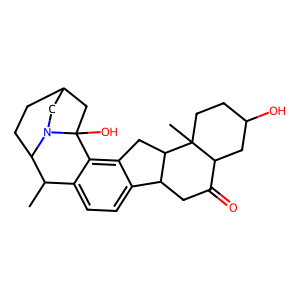
SMILES: CC1c2ccc3c(c2C2(O)CC4CCC1N2C4)CC1C3CC(=O)C2CC(O)CCC21C
Inhibits HIV replication: No